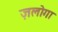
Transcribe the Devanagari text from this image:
ज़लोगा